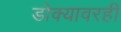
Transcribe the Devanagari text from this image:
डोक्यावरही